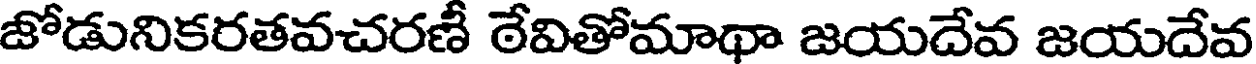
జోడునికరతవచరణీ ఠేవితోమాథా జయదేవ జయదేవ